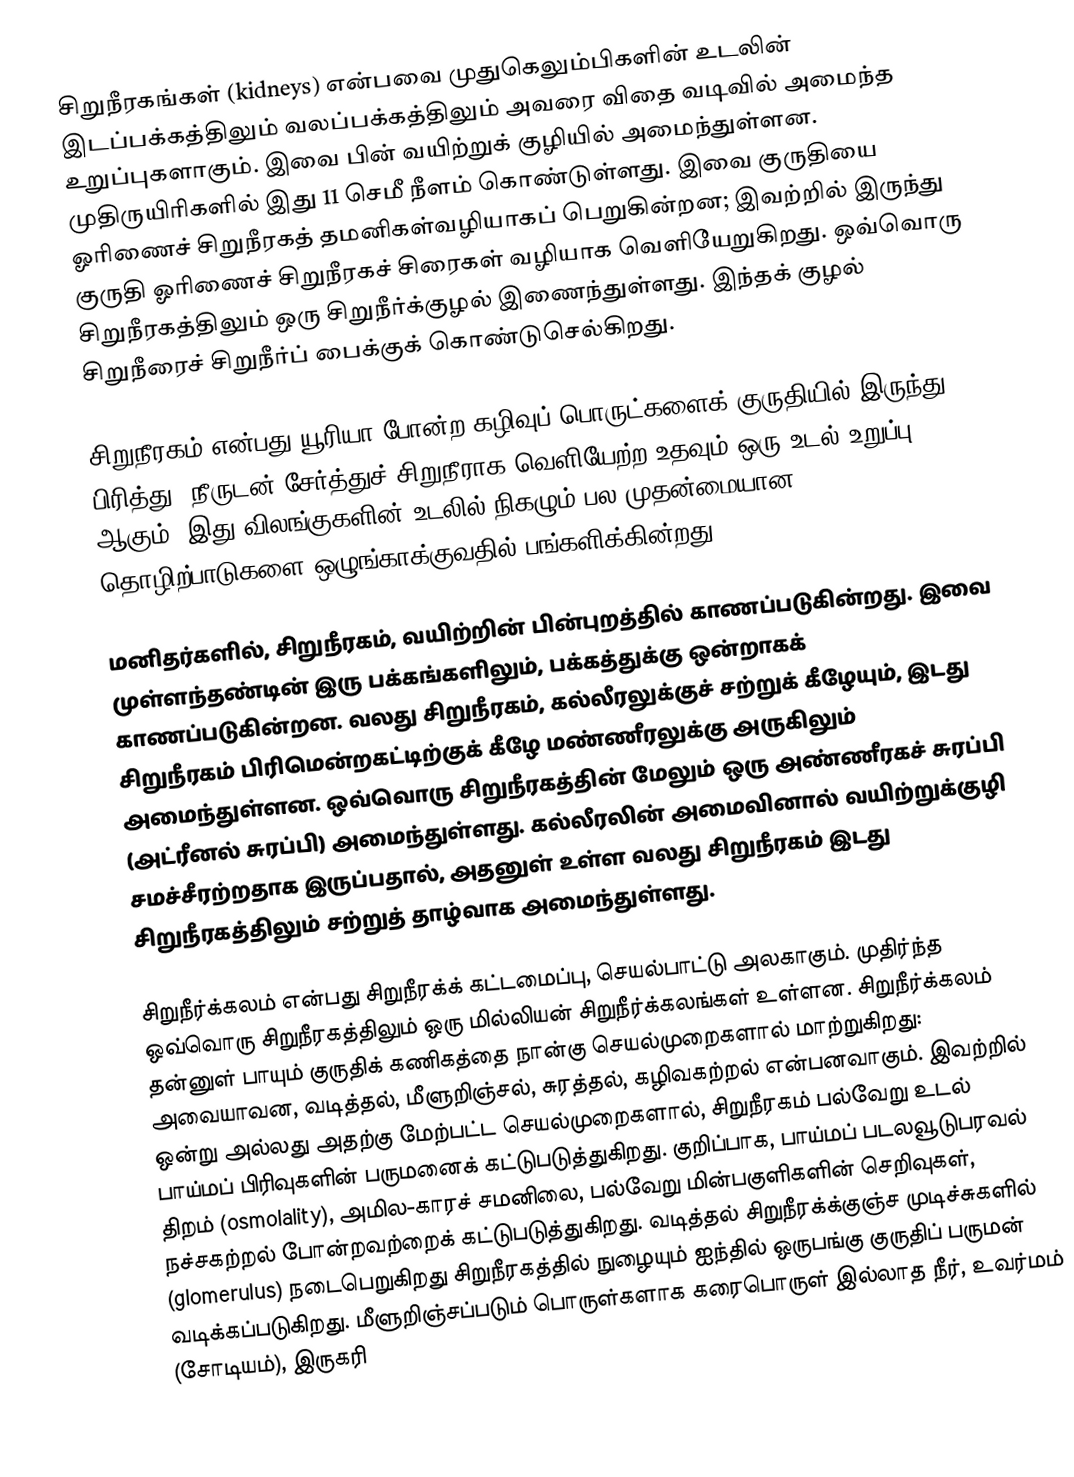
சிறுநீரகங்கள் (kidneys) என்பவை முதுகெலும்பிகளின் உடலின் இடப்பக்கத்திலும் வலப்பக்கத்திலும் அவரை விதை வடிவில் அமைந்த உறுப்புகளாகும். இவை பின் வயிற்றுக் குழியில் அமைந்துள்ளன. முதிருயிரிகளில் இது 11 செமீ நீளம் கொண்டுள்ளது.  இவை குருதியை ஓரிணைச் சிறுநீரகத் தமனிகள்வழியாகப் பெறுகின்றன; இவற்றில் இருந்து குருதி ஓரிணைச் சிறுநீரகச் சிரைகள் வழியாக வெளியேறுகிறது. ஒவ்வொரு சிறுநீரகத்திலும் ஒரு சிறுநீர்க்குழல் இணைந்துள்ளது. இந்தக் குழல் சிறுநீரைச் சிறுநீர்ப் பைக்குக் கொண்டுசெல்கிறது.

சிறுநீரகம் என்பது யூரியா போன்ற கழிவுப் பொருட்களைக் குருதியில் இருந்து பிரித்து, நீருடன் சேர்த்துச் சிறுநீராக வெளியேற்ற உதவும் ஒரு உடல் உறுப்பு ஆகும். இது விலங்குகளின் உடலில் நிகழும் பல முதன்மையான தொழிற்பாடுகளை ஒழுங்காக்குவதில் பங்களிக்கின்றது.

மனிதர்களில், சிறுநீரகம், வயிற்றின் பின்புறத்தில் காணப்படுகின்றது. இவை முள்ளந்தண்டின் இரு பக்கங்களிலும், பக்கத்துக்கு ஒன்றாகக் காணப்படுகின்றன. வலது சிறுநீரகம், கல்லீரலுக்குச் சற்றுக் கீழேயும், இடது சிறுநீரகம் பிரிமென்றகட்டிற்குக் கீழே மண்ணீரலுக்கு அருகிலும் அமைந்துள்ளன. ஒவ்வொரு சிறுநீரகத்தின் மேலும் ஒரு அண்ணீரகச் சுரப்பி (அட்ரீனல் சுரப்பி) அமைந்துள்ளது. கல்லீரலின் அமைவினால் வயிற்றுக்குழி சமச்சீரற்றதாக இருப்பதால், அதனுள் உள்ள வலது சிறுநீரகம் இடது சிறுநீரகத்திலும் சற்றுத் தாழ்வாக அமைந்துள்ளது.

சிறுநீர்க்கலம் என்பது சிறுநீரக்க் கட்டமைப்பு, செயல்பாட்டு அலகாகும். முதிர்ந்த ஒவ்வொரு சிறுநீரகத்திலும் ஒரு மில்லியன் சிறுநீர்க்கலங்கள் உள்ளன. சிறுநீர்க்கலம் தன்னுள் பாயும் குருதிக் கணிகத்தை நான்கு செயல்முறைகளால் மாற்றுகிறது: அவையாவன, வடித்தல், மீளுறிஞ்சல், சுரத்தல், கழிவகற்றல் என்பனவாகும். இவற்றில் ஒன்று அல்லது அதற்கு மேற்பட்ட செயல்முறைகளால், சிறுநீரகம் பல்வேறு உடல் பாய்மப் பிரிவுகளின் பருமனைக் கட்டுபடுத்துகிறது. குறிப்பாக, பாய்மப் படலவூடுபரவல் திறம் (osmolality), அமில-காரச் சமனிலை, பல்வேறு மின்பகுளிகளின் செறிவுகள், நச்சகற்றல் போன்றவற்றைக் கட்டுபடுத்துகிறது. வடித்தல்  சிறுநீரக்க்குஞ்ச முடிச்சுகளில் (glomerulus) நடைபெறுகிறது சிறுநீரகத்தில் நுழையும் ஐந்தில் ஒருபங்கு குருதிப் பருமன் வடிக்கப்படுகிறது. மீளுறிஞ்சப்படும் பொருள்களாக கரைபொருள் இல்லாத நீர்,  உவர்மம் (சோடியம்), இருகரி